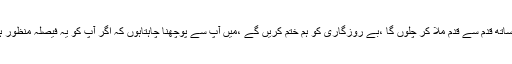
میں آپ کے ساتھ قدم سے قدم ملا کر چلوں گا ،بے روزگاری کو ہم ختم کریں گے ،میں آپ سے پوچھنا چاہتاہوں کہ اگر آپ کو یہ فیصلہ منظور ہے کہ نہیں ؟